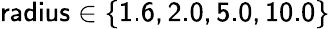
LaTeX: \mathsf{radius\in\{ 1.6,2.0,5.0,10.0\} }